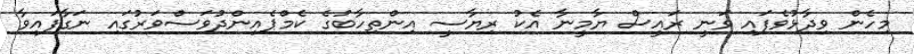
މިހެން ވިދާޅުވެފައި ވަނީ ރައީސް ޔާމީނާ އެކު ރިޔާސީ އިންތިހާބުގެ ކެމްޕެއިންދުވަސްވަރުގައި ނަގާފައިވާ